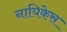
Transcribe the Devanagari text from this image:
नायिकेस